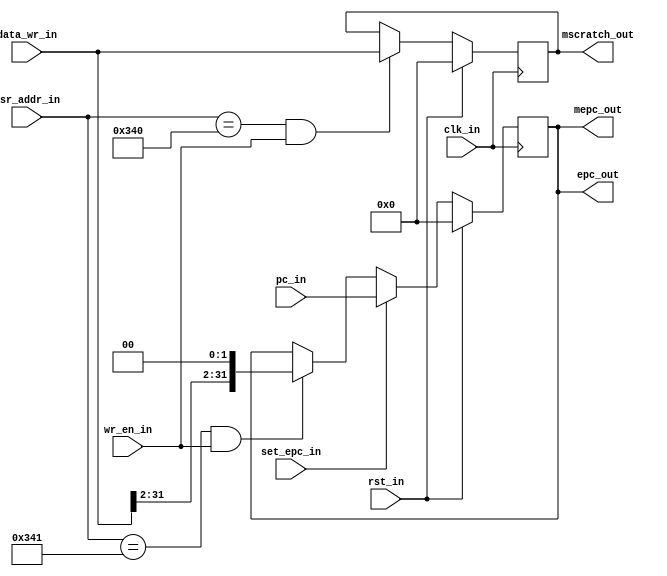
`timescale 1ns / 1ps
module mepc_and_mscratch_reg( input        clk_in,rst_in,wr_en_in,set_epc_in,
                              input      [31:0] pc_in,data_wr_in,
                              input      [11:0] csr_addr_in,
                              output reg [31:0] mscratch_out,mepc_out,
                              output     [31:0] epc_out
);

   parameter MSCRATCH_RESET =     32'h00000000;
   parameter MSCRATCH       =     12'h340;
   parameter MEPC_RESET     =     32'h00000000;
   parameter MEPC           =     12'h341;


   // MSCRATCH register
   always @(posedge clk_in)
   begin
      if(rst_in)
         mscratch_out <= MSCRATCH_RESET;
      else if(csr_addr_in == MSCRATCH && wr_en_in)
         mscratch_out <= data_wr_in;
   end

   // MEPC register
   assign epc_out = mepc_out;
   always @(posedge clk_in)
   begin
      if(rst_in)
         mepc_out <=MEPC_RESET;
      else if(set_epc_in)
         mepc_out <= pc_in;
      else if(csr_addr_in == MEPC && wr_en_in)
         mepc_out <= {data_wr_in[31:2], 2'b00};
   end
endmodule